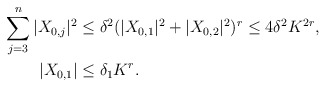
\begin{align*}\sum_{j=3}^n |X_{0,j}|^2 & \le \delta^2 (|X_{0,1}|^2 + |X_{0,2}|^2)^r \le 4 \delta^2 K^{2r}, \\ |X_{0,1}| &\le \delta_1 K^r. \end{align*}